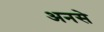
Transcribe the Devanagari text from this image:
अनसे